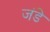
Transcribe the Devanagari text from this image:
जंडे